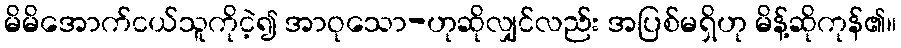
မိမိအောက်ငယ်သူကိုငဲ့၍ အာဝုသော-ဟုဆိုလျှင်လည်း အပြစ်မရှိဟု မိန့်ဆိုကုန်၏။